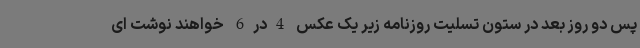
پس دو روز بعد در ستون تسلیت روزنامه زیر یک عکس 4در6 خواهند نوشت ای